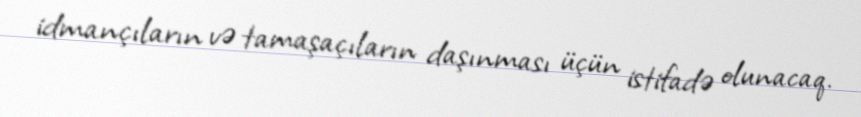
idmançıların və tamaşaçıların daşınması üçün istifadə olunacaq.